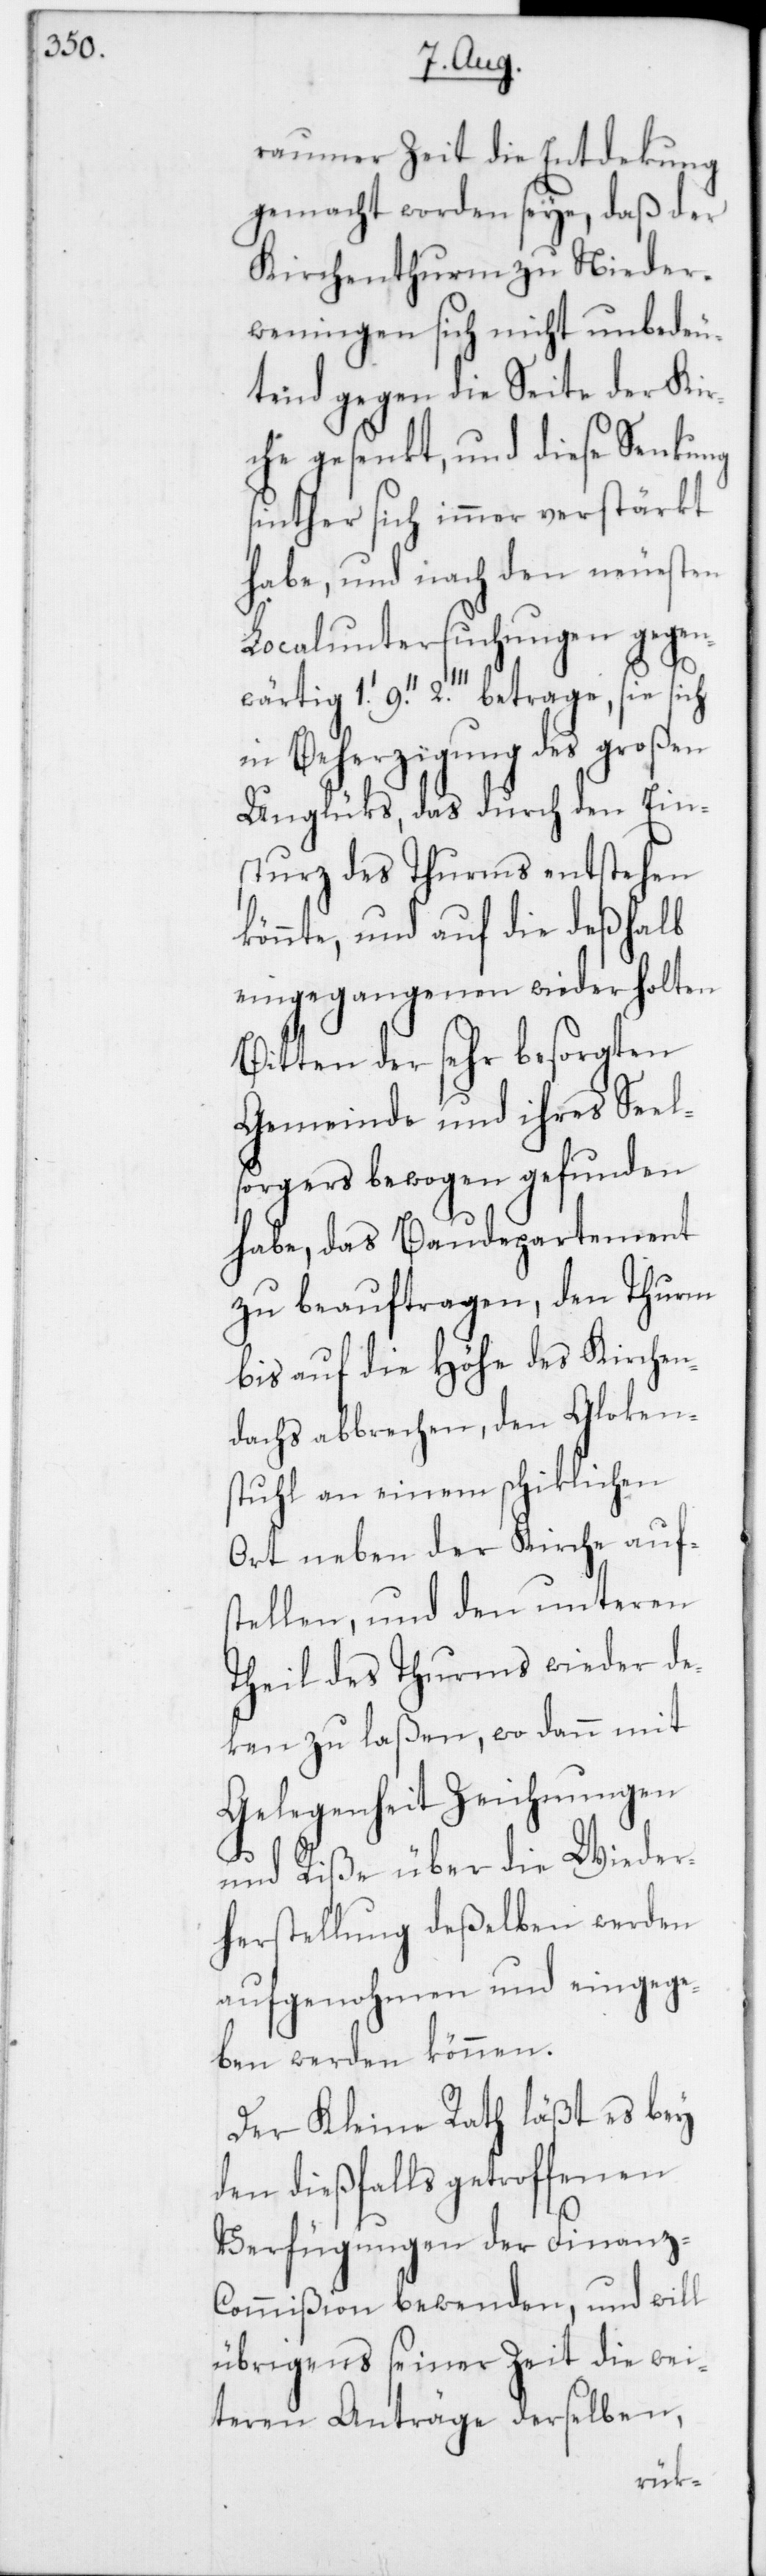
raumer Zeit die Entdekung
gemacht worden seye, daß der
Kirchenthurm zu Nieder¬
weningen sich nicht unbedeu¬
tend gegen die Seite der Kir¬
che gesenkt, und diese Senkung
sinther sich immer verstärkt
habe, und nach den neuesten
Localuntersuchungen gegen¬
wärtig 1.’ 9.’’ 2.’’’ betrage, sie sich
in Beherzigung des großen
Unglüks, das durch den Ein¬
sturz des Thurms entstehen
könnte, und auf die deßhalb
eingegangenen wiederholten
Bitten der sehr besorgten
Gemeinde und ihres Seel¬
sorgers bewogen gefunden
habe, das Baudepartement
zu beauftragen, den Thurm
bis auf die Höhe des Kirchen¬
dachs abbrechen, den Gloken¬
stuhl an einem schiklichen
Ort neben der Kirche auf¬
stellen, und den unteren
Theil des Thurms wieder de¬
ken zu laßen, wo dann mit
Gelegenheit Zeichnungen
und Riße über die Wieder¬
herstellung deßelben werden
aufgenohmen und eingege¬
ben werden können.
Der Kleine Rath läßt es bey
den dießfalls getroffenen
Verfügungen der Finanz-C¬
ommißion bewenden, und will
übrigens seiner Zeit die wei¬
teren Anträge derselben,